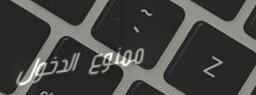
ممنوع الدخول